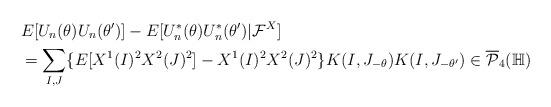
LaTeX: \begin{align*}&E[U_n(\theta)U_n(\theta')]-E[U^*_n(\theta)U^*_n(\theta')|\mathcal{F}^X]\\&=\sum_{I,J}\{E[X^1(I)^2X^2(J)^2]-X^1(I)^2X^2(J)^2\}K(I,J_{-\theta})K(I,J_{-\theta'})\in\overline{\mathcal{P}}_4(\mathbb{H})\end{align*}